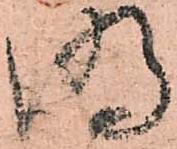
明